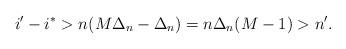
LaTeX: \begin{align*} i'-i^*> n(M \Delta_n-\Delta_n)=n \Delta_n(M-1)>n' .\end{align*}